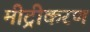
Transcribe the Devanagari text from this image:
मीट्रीकरण